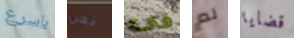
باسرع نحن فى لم قضايا